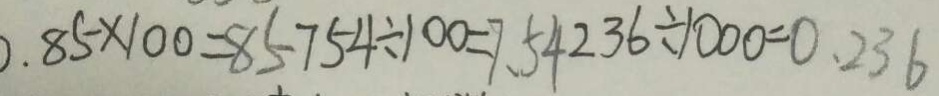
0 . 8 5 \times 1 0 0 = 8 5 7 5 4 \div 1 0 0 = 7 . 5 4 2 3 6 \div 1 0 0 0 = 0 . 2 3 6